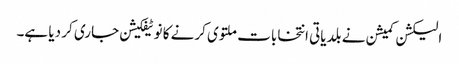
الیکشن کمیشن نے بلدیاتی انتخابات ملتوی کرنے کا نوٹیفکیشن جاری کر دیا ہے۔